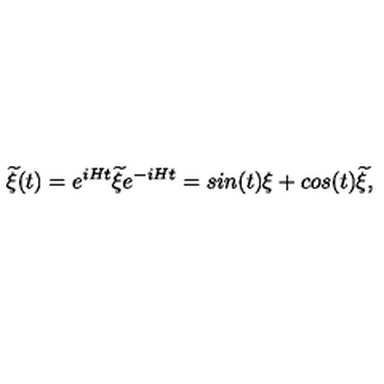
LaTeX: { \widetilde \xi } ( t ) = e ^ { i H t } { \widetilde \xi } e ^ { - i H t } = s i n ( t ) \xi + c o s ( t ) { \widetilde \xi } ,